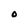
Character: O